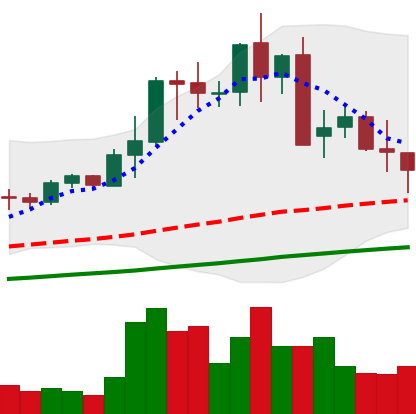
Ticker: LTC-USD
Chart end date: 2021-05-17
Forward return: -39.811%
Label: down_7plus